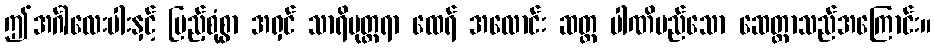
ဤအင်္ဂါလေးပါးနှင့် ပြည့်စုံစွာ အရှင် သာရိပုတ္တရာ ထေရ် အလောင်း ဆတ္တ ပါဏိမည်သော ဆေတ္တာသည်အကြောင်း။